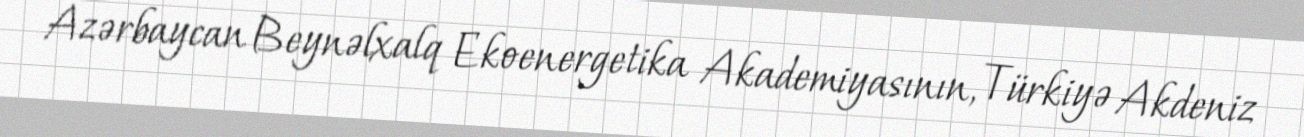
Azərbaycan Beynəlxalq Ekoenergetika Akademiyasının, Türkiyə Akdeniz